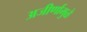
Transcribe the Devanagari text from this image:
अजीर्णामुळे